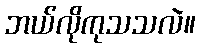
ဘယ်လိုကုသသလဲ။